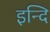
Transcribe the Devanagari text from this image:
इन्दि